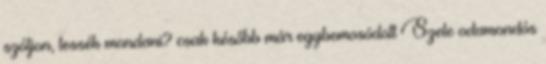
szóljon, tessék mondani? csak később már egybemosódott Szele odamondós